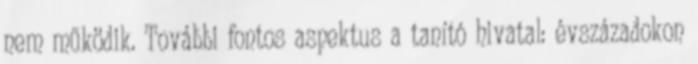
nem működik. További fontos aspektus a tanító hivatal: évszázadokon